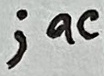
Text: ;ac